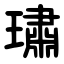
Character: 璛